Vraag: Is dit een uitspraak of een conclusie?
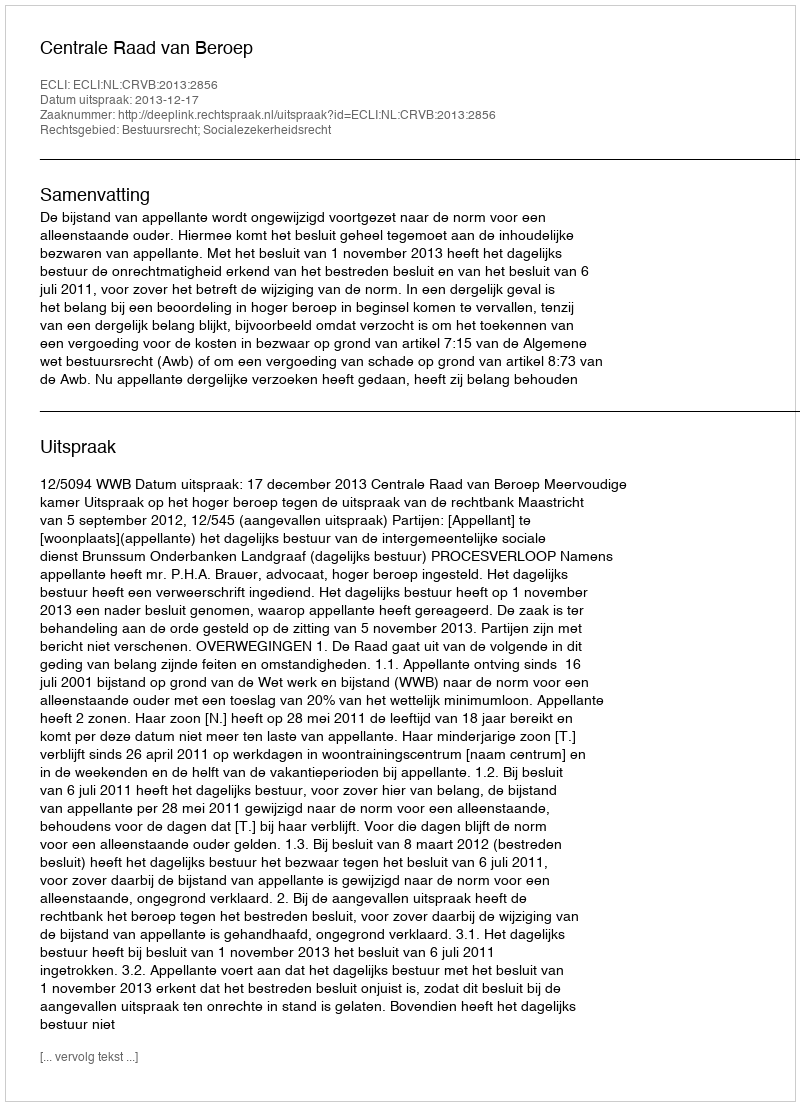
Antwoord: Uitspraak